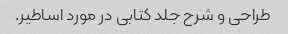
طراحی و شرح جلد کتابی در مورد اساطیر.